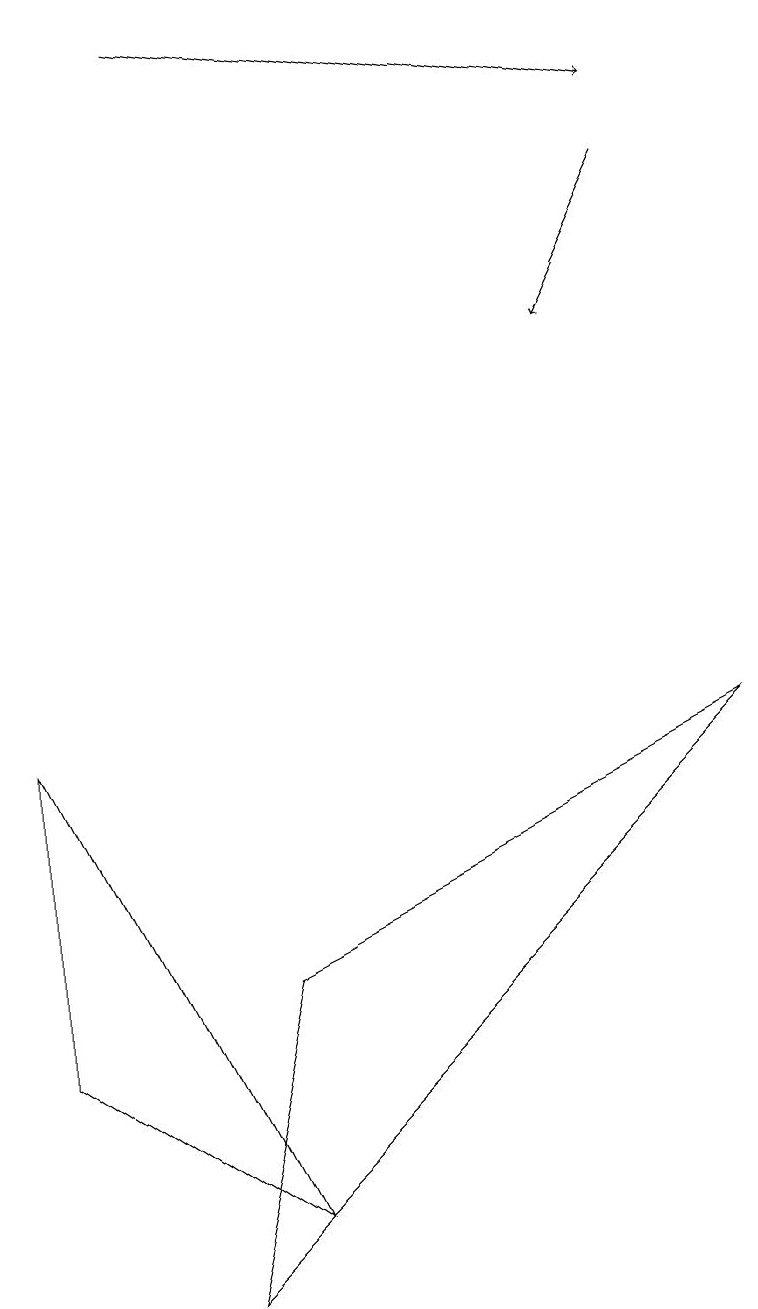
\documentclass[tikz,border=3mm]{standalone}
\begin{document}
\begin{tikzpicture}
\draw (3,4) -- (2,0) -- (9,7) -- cycle;
\draw[->] (8,14) -- (7,12);
\draw[->] (2,16) -- (8,15);
\draw (3,1) -- (0,3) -- (0,7) -- cycle;
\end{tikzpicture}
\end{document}